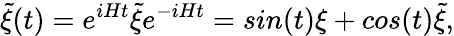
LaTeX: {\widetilde\xi}(t)=e^{iHt}{\widetilde\xi}e^{-iHt}=sin(t)\xi+cos(t){\widetilde\xi},